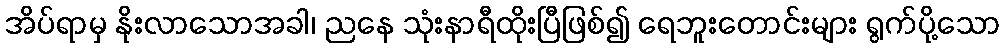
အိပ်ရာမှ နိုးလာသောအခါ၊ ညနေ သုံးနာရီထိုးပြီဖြစ်၍ ရေဘူးတောင်းများ ရွက်ပို့သော